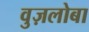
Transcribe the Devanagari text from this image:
वुज़लोबा